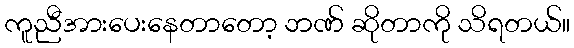
ကူညီအားပေးနေတာတော့ ဘဏ် ဆိုတာကို သိရတယ်။